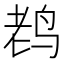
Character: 𱉦